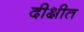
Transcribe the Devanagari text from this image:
दीक्षीत